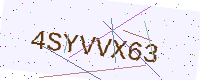
Text: 4SYVVX63